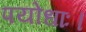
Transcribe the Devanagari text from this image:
पयोधाः।